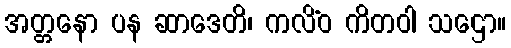
အတ္တနော ပန ဆာဒေတိ၊ ကလိံဝ ကိတဝါ သဌော။